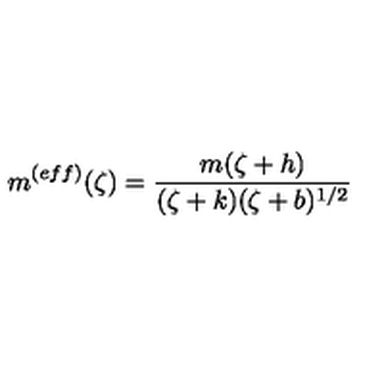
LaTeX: m ^ { ( e f f ) } ( \zeta ) = \frac { m ( \zeta + h ) } { ( \zeta + k ) ( \zeta + b ) ^ { 1 / 2 } }